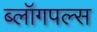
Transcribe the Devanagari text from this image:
ब्लॉगपल्स